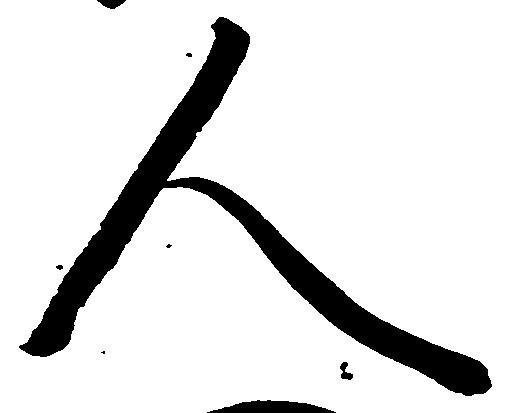
人